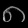
Digit: ၈